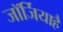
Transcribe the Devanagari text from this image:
जॉर्जियाहै